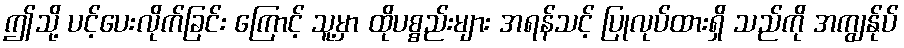
ဤသို့ ပင့်ပေးလိုက်ခြင်း ကြောင့် သူ့မှာ ထိုပစ္စည်းများ အရန်သင့် ပြုလုပ်ထားရှိ သည်ကို အကျွန်ုပ်